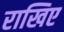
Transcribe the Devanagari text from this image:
राखिए